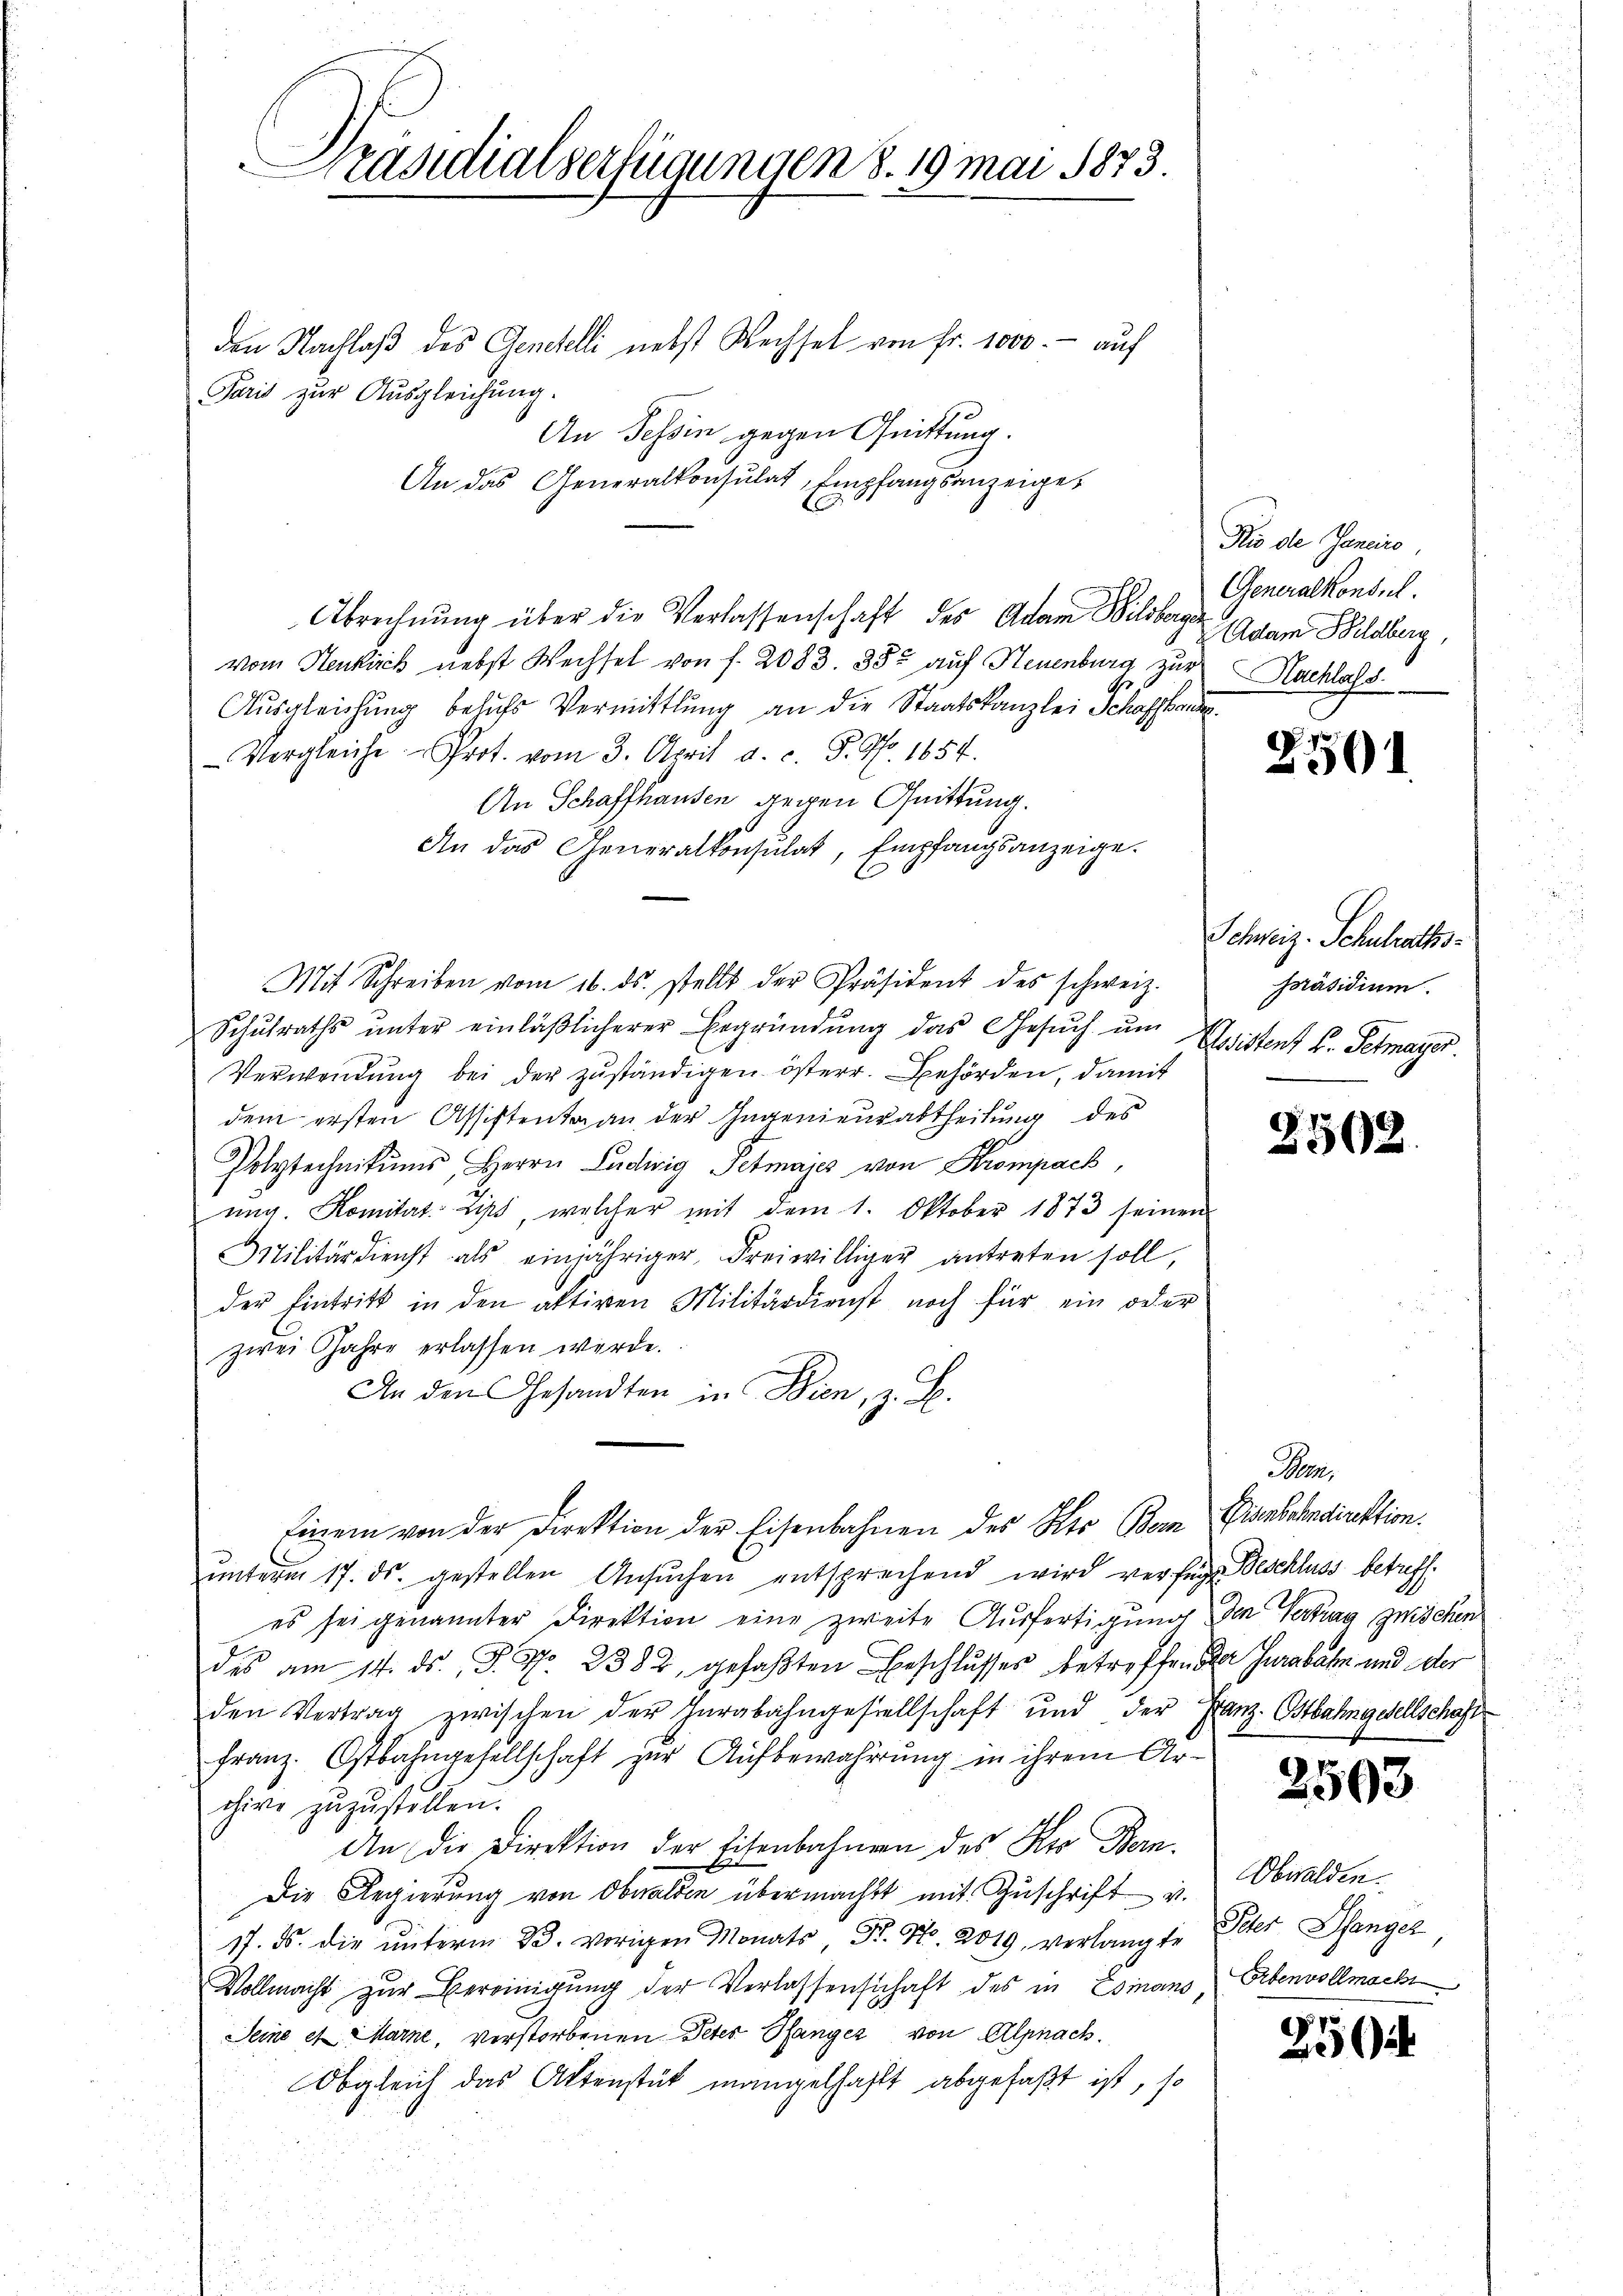
Präsidialserfügungen 8. 19 mai 1873.

den Nachlaß des Genehelli nebst Wechsel von Fr. 1000.- auf
Paris zur Ausgleichung.
An Tessin gegen Quittung.
An das Generalkonsulat, Empfangsanzeige¬
Abrechnung über die Verlassenschaft des Adam Wildberger Adam Feldberg,
vom Neukirch nebst Wechsel von f. 2083. 35. auf Neuenburg zur Nachlass
Ausgleichung behufs Vermittlung an die Staatskanzlei Schaffhanden
Vergleiche Prot. vom 3. April a. c. S. Nr. 1654.
An Schaffhausen gegen Quittung.
An das Generalkonsulat, Empfangsanzeige.
Mit Schreiben vom 16. ds. stellt der Präsident des schweiz.
Schulraths unter einläßlicherer Ergründung das Gesuch um
Verwendung bei der zuständigen österr. Behörden, damit
dem ersten Assistenta an der Ingenieurabtheilung des
Polytechnikums, Herrn Ludwig Petmajes von Krompach,
ŭng. Komitat hat, welcher mit dem 1. Oktober 1873 seinen
Militärdienst als einjähriger Freiwilliger antreten soll,
der Eintritt in den aktiven Militärdienst noch für ein oder
zwei Jahre erlassen werde.
An den Gesandten in Bien, z. B.
Einem von der Direktion der Eisenbahnen des Kts Bern Eisenbahndirektion.
ŭnterm 17. ds. gestellen Ansŭchen entsprechend wird verfügt Beschluss betreff
es sei genannter Direktion eine zweite Ausfertigung den Vertrag zwischen
des am 14. ds. J. No. 2382, gefaβten Beschlŭsses betreffen der Jurabahn und der
den Vertrag zwischen der Herabahngesellschaft und der Franz. Ostbahngesellschaft
Franz. Ostbahngesellschaft zur Aufbewahrung in ihrem Archive zuzustellen.
An die Direktion der Eisenbahnern des Kro Bern.
Die Regierung von Obwalden übermacht mit Zuschrift v.
17. ds. die unterm 23. vorigen Monats Dr. No. 2019, verlangte
Vollmacht zur Bereinigung der Verlassenschaft des in Esians, Erbenvollmacht
Seine et Marne, verstorbenen Peter Pfanger von Alpnach.
Obgleich das Aktenstät mangelhaft abgefaßt ist, so

Fis de Janeiro,
Generalkonsul

2501

Schweiz. Schulraths¬
Präsidium.
Eesistent V. Petmayer.

250.

Ma

2593

Obwalden.
Peter Senger,

7
i